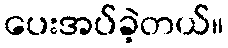
ပေးအပ်ခဲ့တယ်။